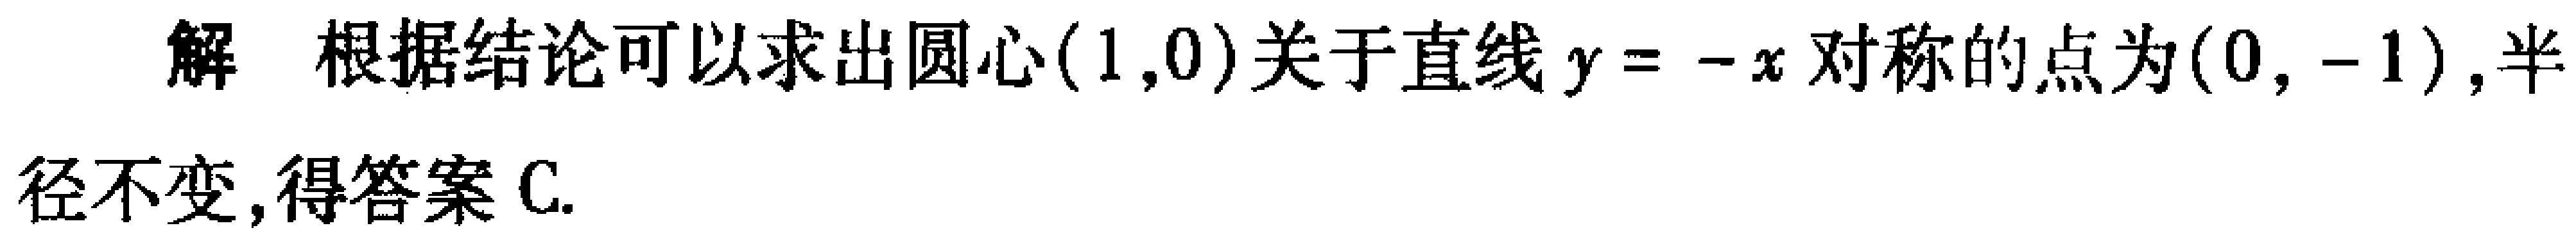
解 根据结论可以求出圆心\((1,0)\)关于直线\(y = -x\)对称的点为\((0, -1)\),半径不变,得答案C.